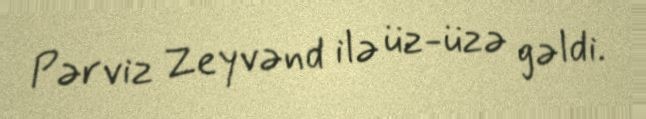
Pərviz Zeyvənd ilə üz-üzə gəldi.